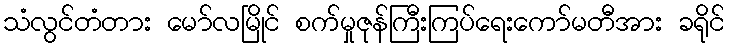
သံလွင်တံတား မော်လမြိုင် စက်မှုဇုန်ကြီးကြပ်ရေးကော်မတီအား ခရိုင်